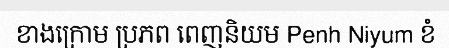
ខាងក្រោម ប្រភព ពេញនិយម Penh Niyum ខំ